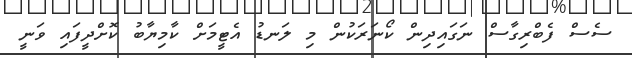
ސެސް ފެބްރިގާސް ނަގައިދިން ކޯނަރަކުން މި ލަނޑު އެޓީމަށް ކާމިޔާބު ކޮށްދީފައި ވަނީ